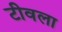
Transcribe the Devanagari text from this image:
टीवला